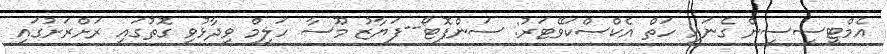
އެމްޓީސީސީން ގެނައި ހަތް އެކްސްކަވޭޓަރު: ސަންފޮޓޯ--ފަޔާޒު މޫސާ ހަލީމް ވިދާޅުވި ގޮތުގައި ރަށްރަށުގައި